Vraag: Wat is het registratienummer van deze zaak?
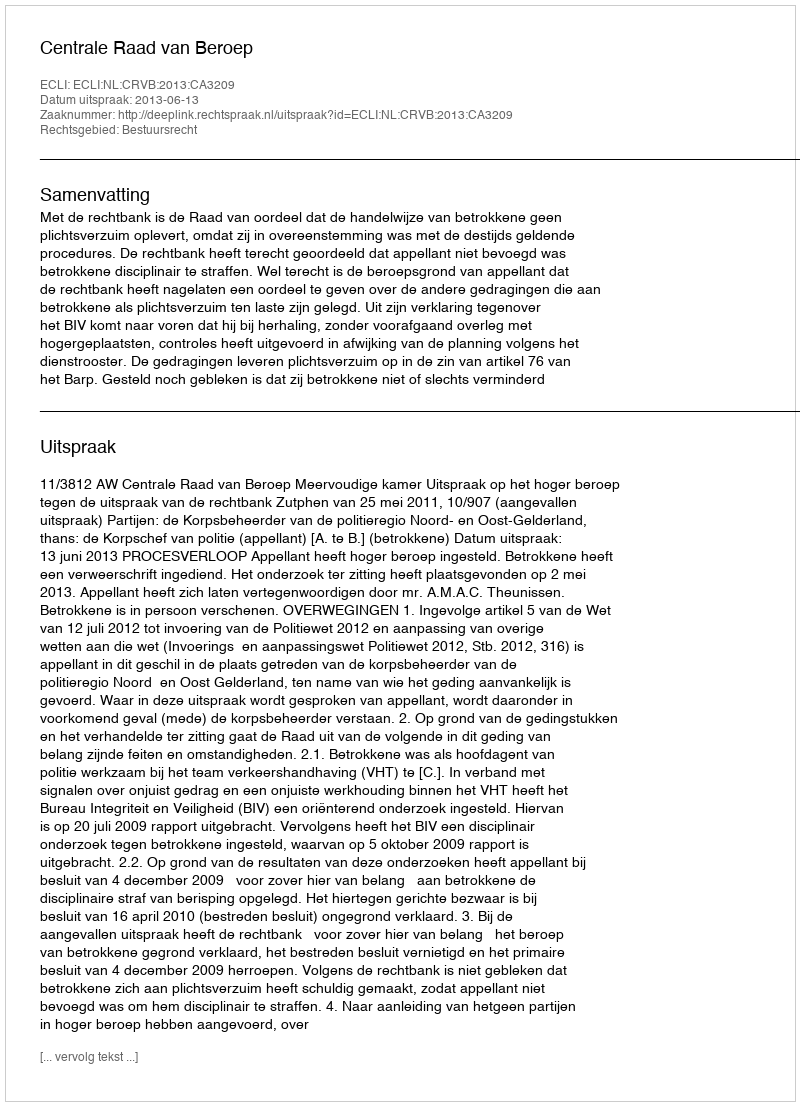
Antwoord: http://deeplink.rechtspraak.nl/uitspraak?id=ECLI:NL:CRVB:2013:CA3209